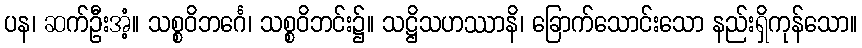
ပန၊ ဆက်ဦးအံ့။ သစ္စဝိဘင်္ဂေ၊ သစ္စဝိဘင်း၌။ သဋ္ဌိသဟဿာနိ၊ ခြောက်သောင်းသော နည်းရှိကုန်သော။